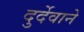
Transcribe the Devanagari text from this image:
दुर्देवाने